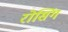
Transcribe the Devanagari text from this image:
रोसिंग